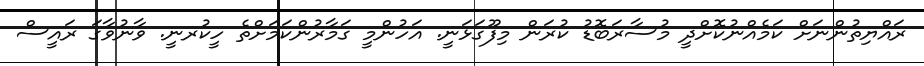
ރައްޔިތުންނަށް ކަމެއްނުކޮށްދީ މުސާރަބޮޑު ކުރަން މިފޫގަޅަނީ. އަހުންމީ ގަމާރުންކަމަށްތެ ހީކުރނީ. ވާނުވާގަ ރައީސް